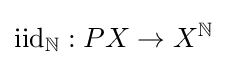
\mathrm {iid} _{\mathbb {N} }:PX\to X^{\mathbb {N} }